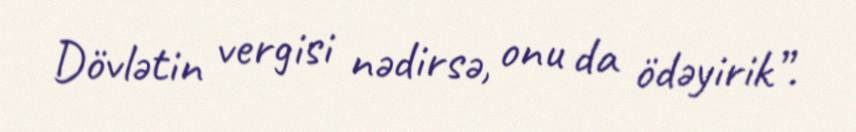
Dövlətin vergisi nədirsə, onu da ödəyirik”.